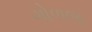
ગોળજ